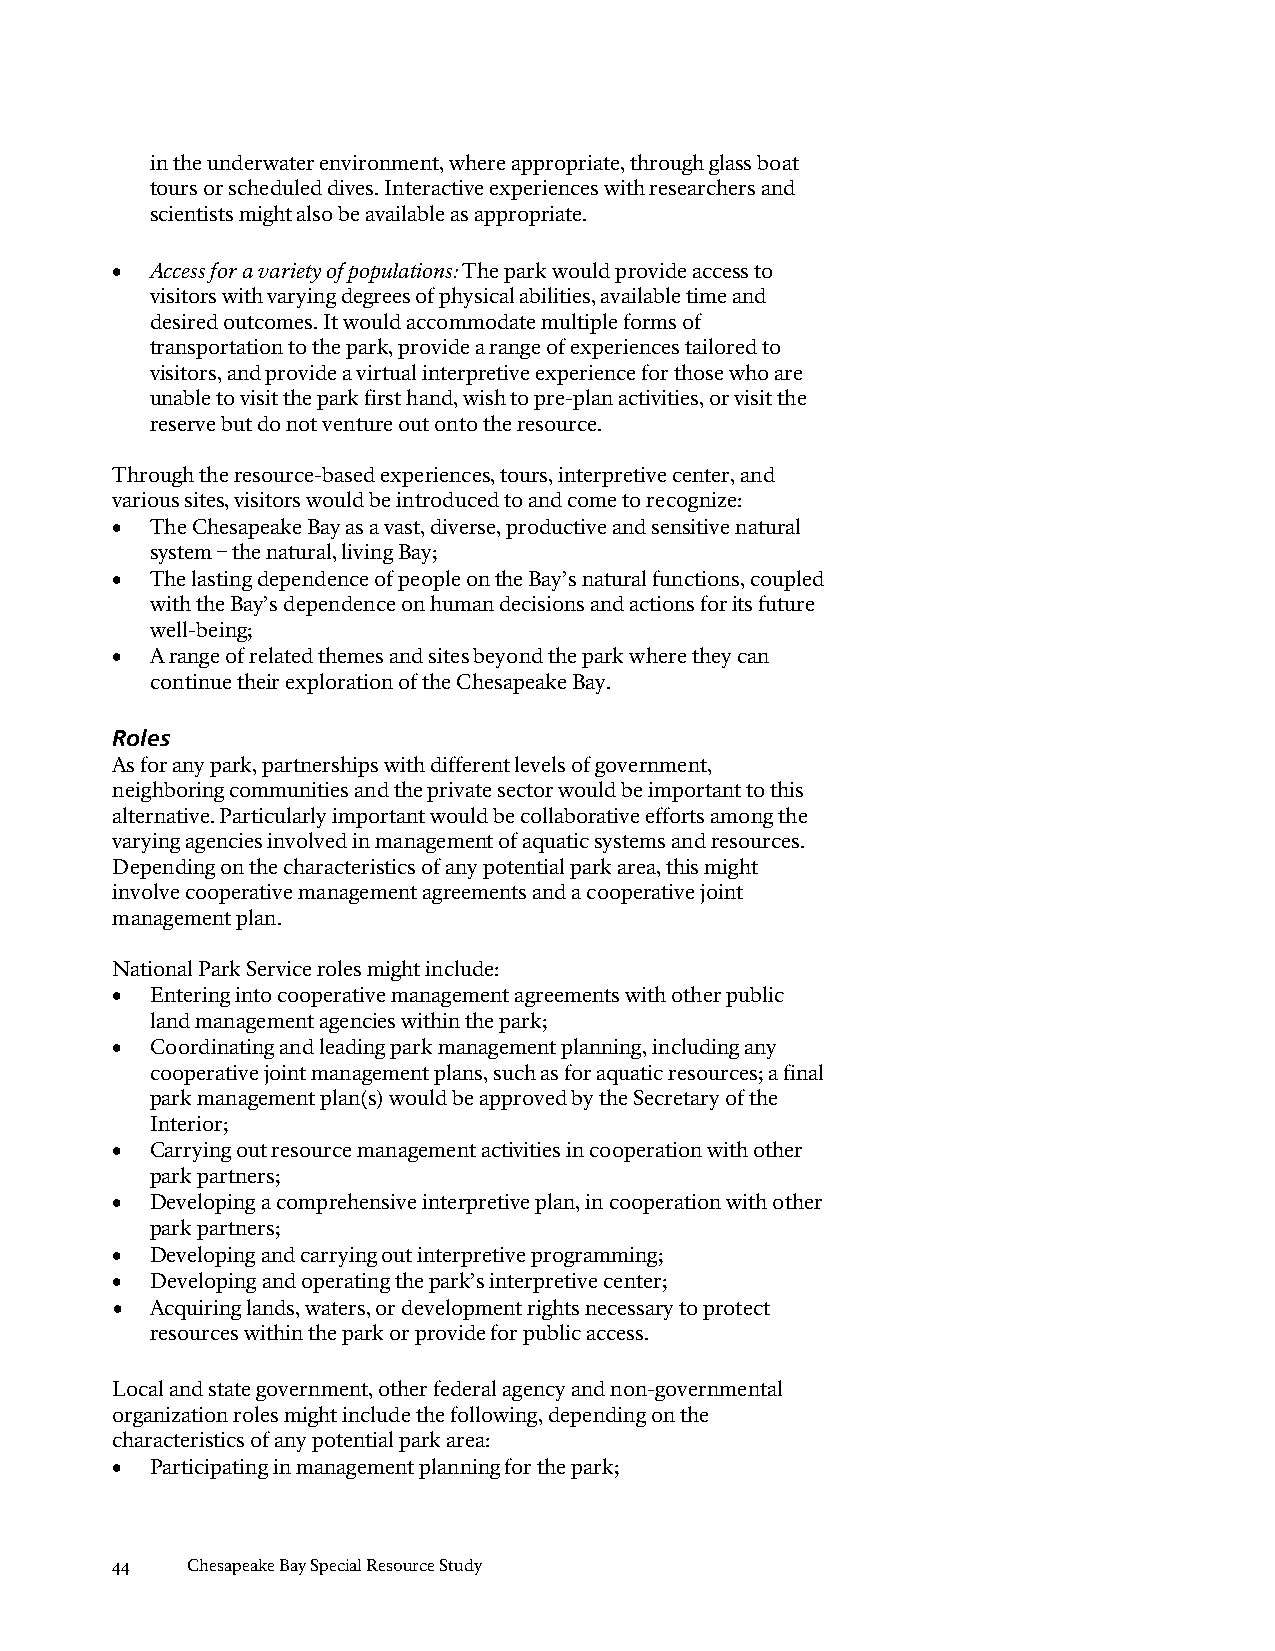
in the underwater environment, where appropriate, through glass boat
 tours or scheduled dives. Interactive experiences with researchers and
 scientists might also be available as appropriate.
 •  Access for a variety of populations: The park would provide access to
 visitors with varying degrees of physical abilities, available time and
 desired outcomes. It would accommodate multiple forms of
 transportation to the park, provide a range of experiences tailored to
 visitors, and provide a virtual interpretive experience for those who are
 unable to visit the park first hand, wish to pre-plan activities, or visit the
 reserve but do not venture out onto the resource.
 Through the resource-based experiences, tours, interpretive center, and
 various sites, visitors would be introduced to and come to recognize:
 •  The Chesapeake Bay as a vast, diverse, productive and sensitive natural
 system – the natural, living Bay;
 •  The lasting dependence of people on the Bay’s natural functions, coupled
 with the Bay’s dependence on human decisions and actions for its future
 well-being;
 •  A range of related themes and sites beyond the park where they can
 continue their exploration of the Chesapeake Bay.
 Roles
 As for any park, partnerships with different levels of government,
 neighboring communities and the private sector would be important to this
 alternative. Particularly important would be collaborative efforts among the
 varying agencies involved in management of aquatic systems and resources.
 Depending on the characteristics of any potential park area, this might
 involve cooperative management agreements and a cooperative joint
 management plan.
 National Park Service roles might include:
 •  Entering into cooperative management agreements with other public
 land management agencies within the park;
 •  Coordinating and leading park management planning, including any
 cooperative joint management plans, such as for aquatic resources; a final
 park management plan(s) would be approved by the Secretary of the
 Interior;
 •  Carrying out resource management activities in cooperation with other
 park partners;
 •  Developing a comprehensive interpretive plan, in cooperation with other
 park partners;
 •  Developing and carrying out interpretive programming;
 •  Developing and operating the park’s interpretive center;
 •  Acquiring lands, waters, or development rights necessary to protect
 resources within the park or provide for public access.
 Local and state government, other federal agency and non-governmental
 organization roles might include the following, depending on the
 characteristics of any potential park area:
 •  Participating in management planning for the park;
 44   Chesapeake Bay Special Resource Study